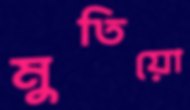
মুতিয়ো